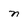
Character: n